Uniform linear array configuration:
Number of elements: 8
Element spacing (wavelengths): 1
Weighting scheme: kaiser
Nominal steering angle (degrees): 45
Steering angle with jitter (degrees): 43.043
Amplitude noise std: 0.05
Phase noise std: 0.05

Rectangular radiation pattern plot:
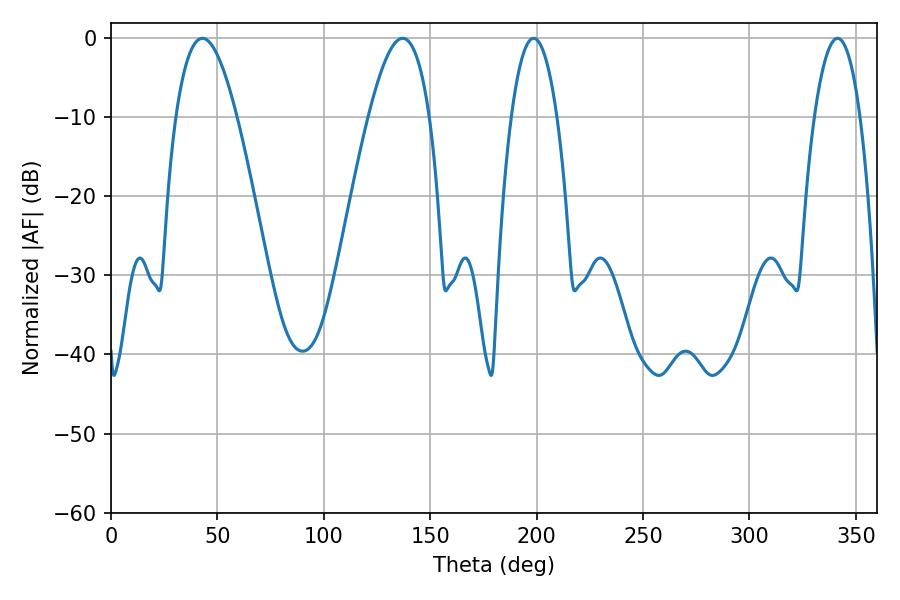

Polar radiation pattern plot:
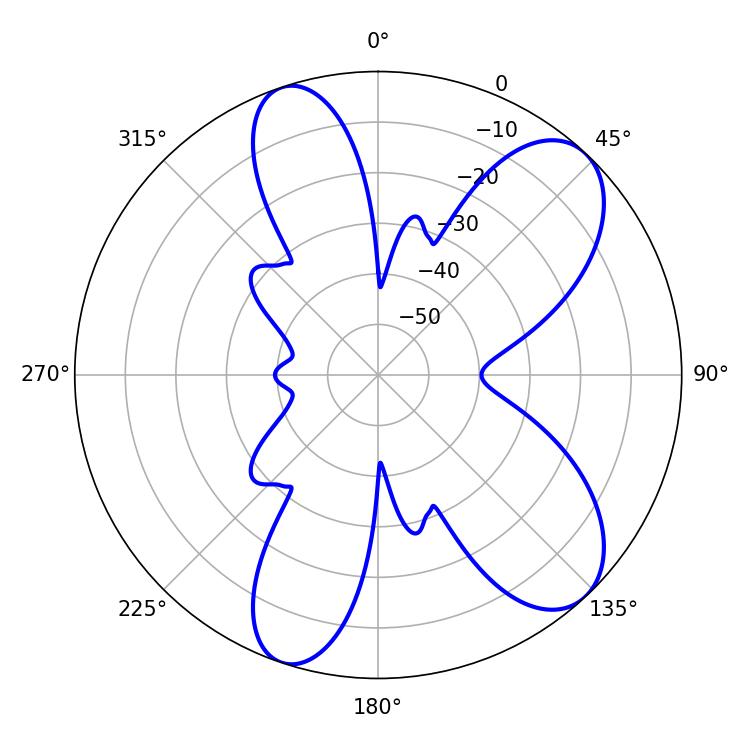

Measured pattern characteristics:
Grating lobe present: TRUE
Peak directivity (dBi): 8.781
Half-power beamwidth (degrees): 11.88
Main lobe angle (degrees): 198.54